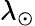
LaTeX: \lambda_{\odot}